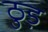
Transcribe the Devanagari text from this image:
ठुड़